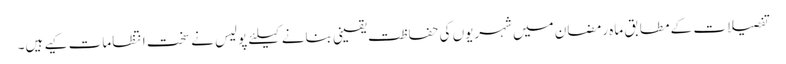
تفصیلات کے مطابق ماہ رمضان میں شہریوں کی حفاظت یقینی بنانے کیلئے پولیس نے سخت انتظامات کیے ہیں۔